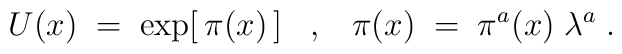
U(x) \;=\; \exp [\,\pi (x)\,] \;\;\;,\;\;\;\pi (x) \;=\; \pi^a (x) \;\lambda^a \;.